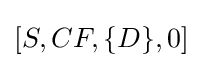
[S,CF,\{D\},0]